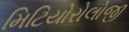
મિટિયોરોલોજી